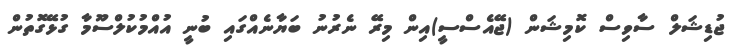
ޖުޑިޝަލް ސާވިސް ކޮމިޝަން (ޖޭއެސްސީ)އިން މިރޭ ނެރުނު ބަޔާނެއްގައި ބުނީ އުއްމުކުލްސޫމާ ގުޅޭގޮތުން